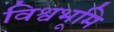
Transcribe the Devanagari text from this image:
विश्वभूमि